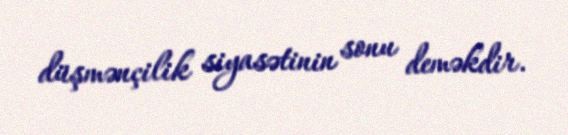
düşmənçilik siyasətinin sonu deməkdir.